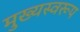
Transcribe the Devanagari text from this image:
मुख्यस्वरूप